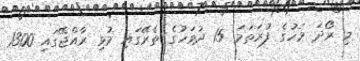
މި ރޯދަ މަހުގެ ފުރަތަމަ 15 ދުވަހުގެ ތެރޭގައި މުޅި ރާއްޖޭގައި 1300